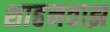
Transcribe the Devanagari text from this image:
शाहनवाझ